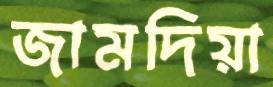
জামদিয়া